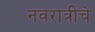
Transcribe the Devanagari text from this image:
नवरात्रीचे